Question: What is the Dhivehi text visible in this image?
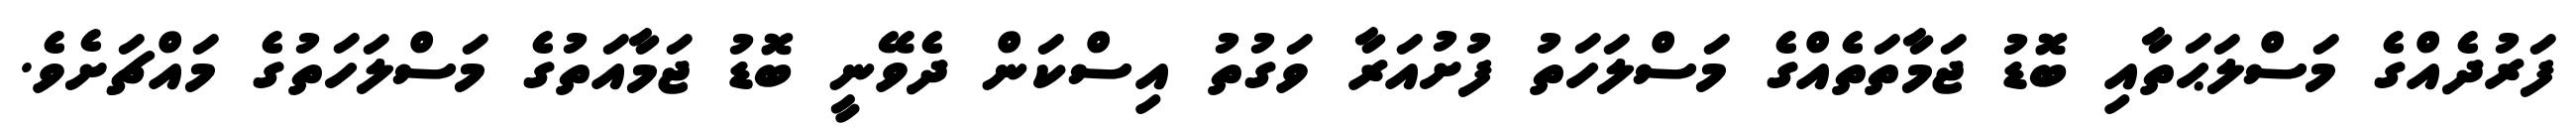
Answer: ފަރުދެއްގެ މަސްލަޙަތާއި ބޮޑު ޖަމާތަތެއްގެ މަސްލަހަތު ފުށުއަރާ ވަގުތު އިސްކަން ދެވޭނީ ބޮޑު ޖަމާއަތުގެ މަސްލަހަތުގެ މައްޗަށެވެ.